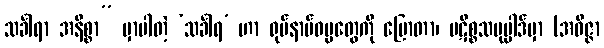
သင်္ခါရာ အနိစ္စာ” မှာပါတဲ့ ‘သင်္ခါရ’ ဟာ ရုပ်နာမ်ဓမ္မတွေကို ပြောတာ၊ ပဋိစ္စသမုပ္ပါဒ်မှာ (အဝိဇ္ဇာ